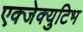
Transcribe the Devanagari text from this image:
एक्जेक्युटिभ